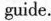
guide.